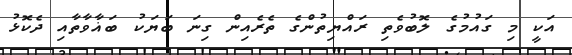
އަކީ މި ގައުމުގެ ލޮބުވެތި ރައްޔިތުންގެ ތެރެއިން ގިނަ ބަޔަކު ބަޣާވާތާއި ދެކޮޅު